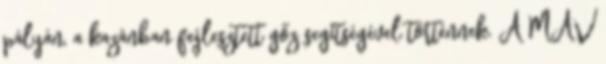
pályán, a kazánban fejlesztett gőz segítségével történnek. A MÁV